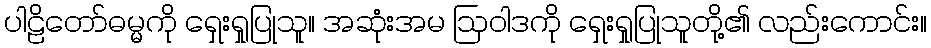
ပါဠိတော်ဓမ္မကို ရှေးရှုပြုသူ။ အဆုံးအမ ဩဝါဒကို ရှေးရှုပြုသူတို့၏ လည်းကောင်း။